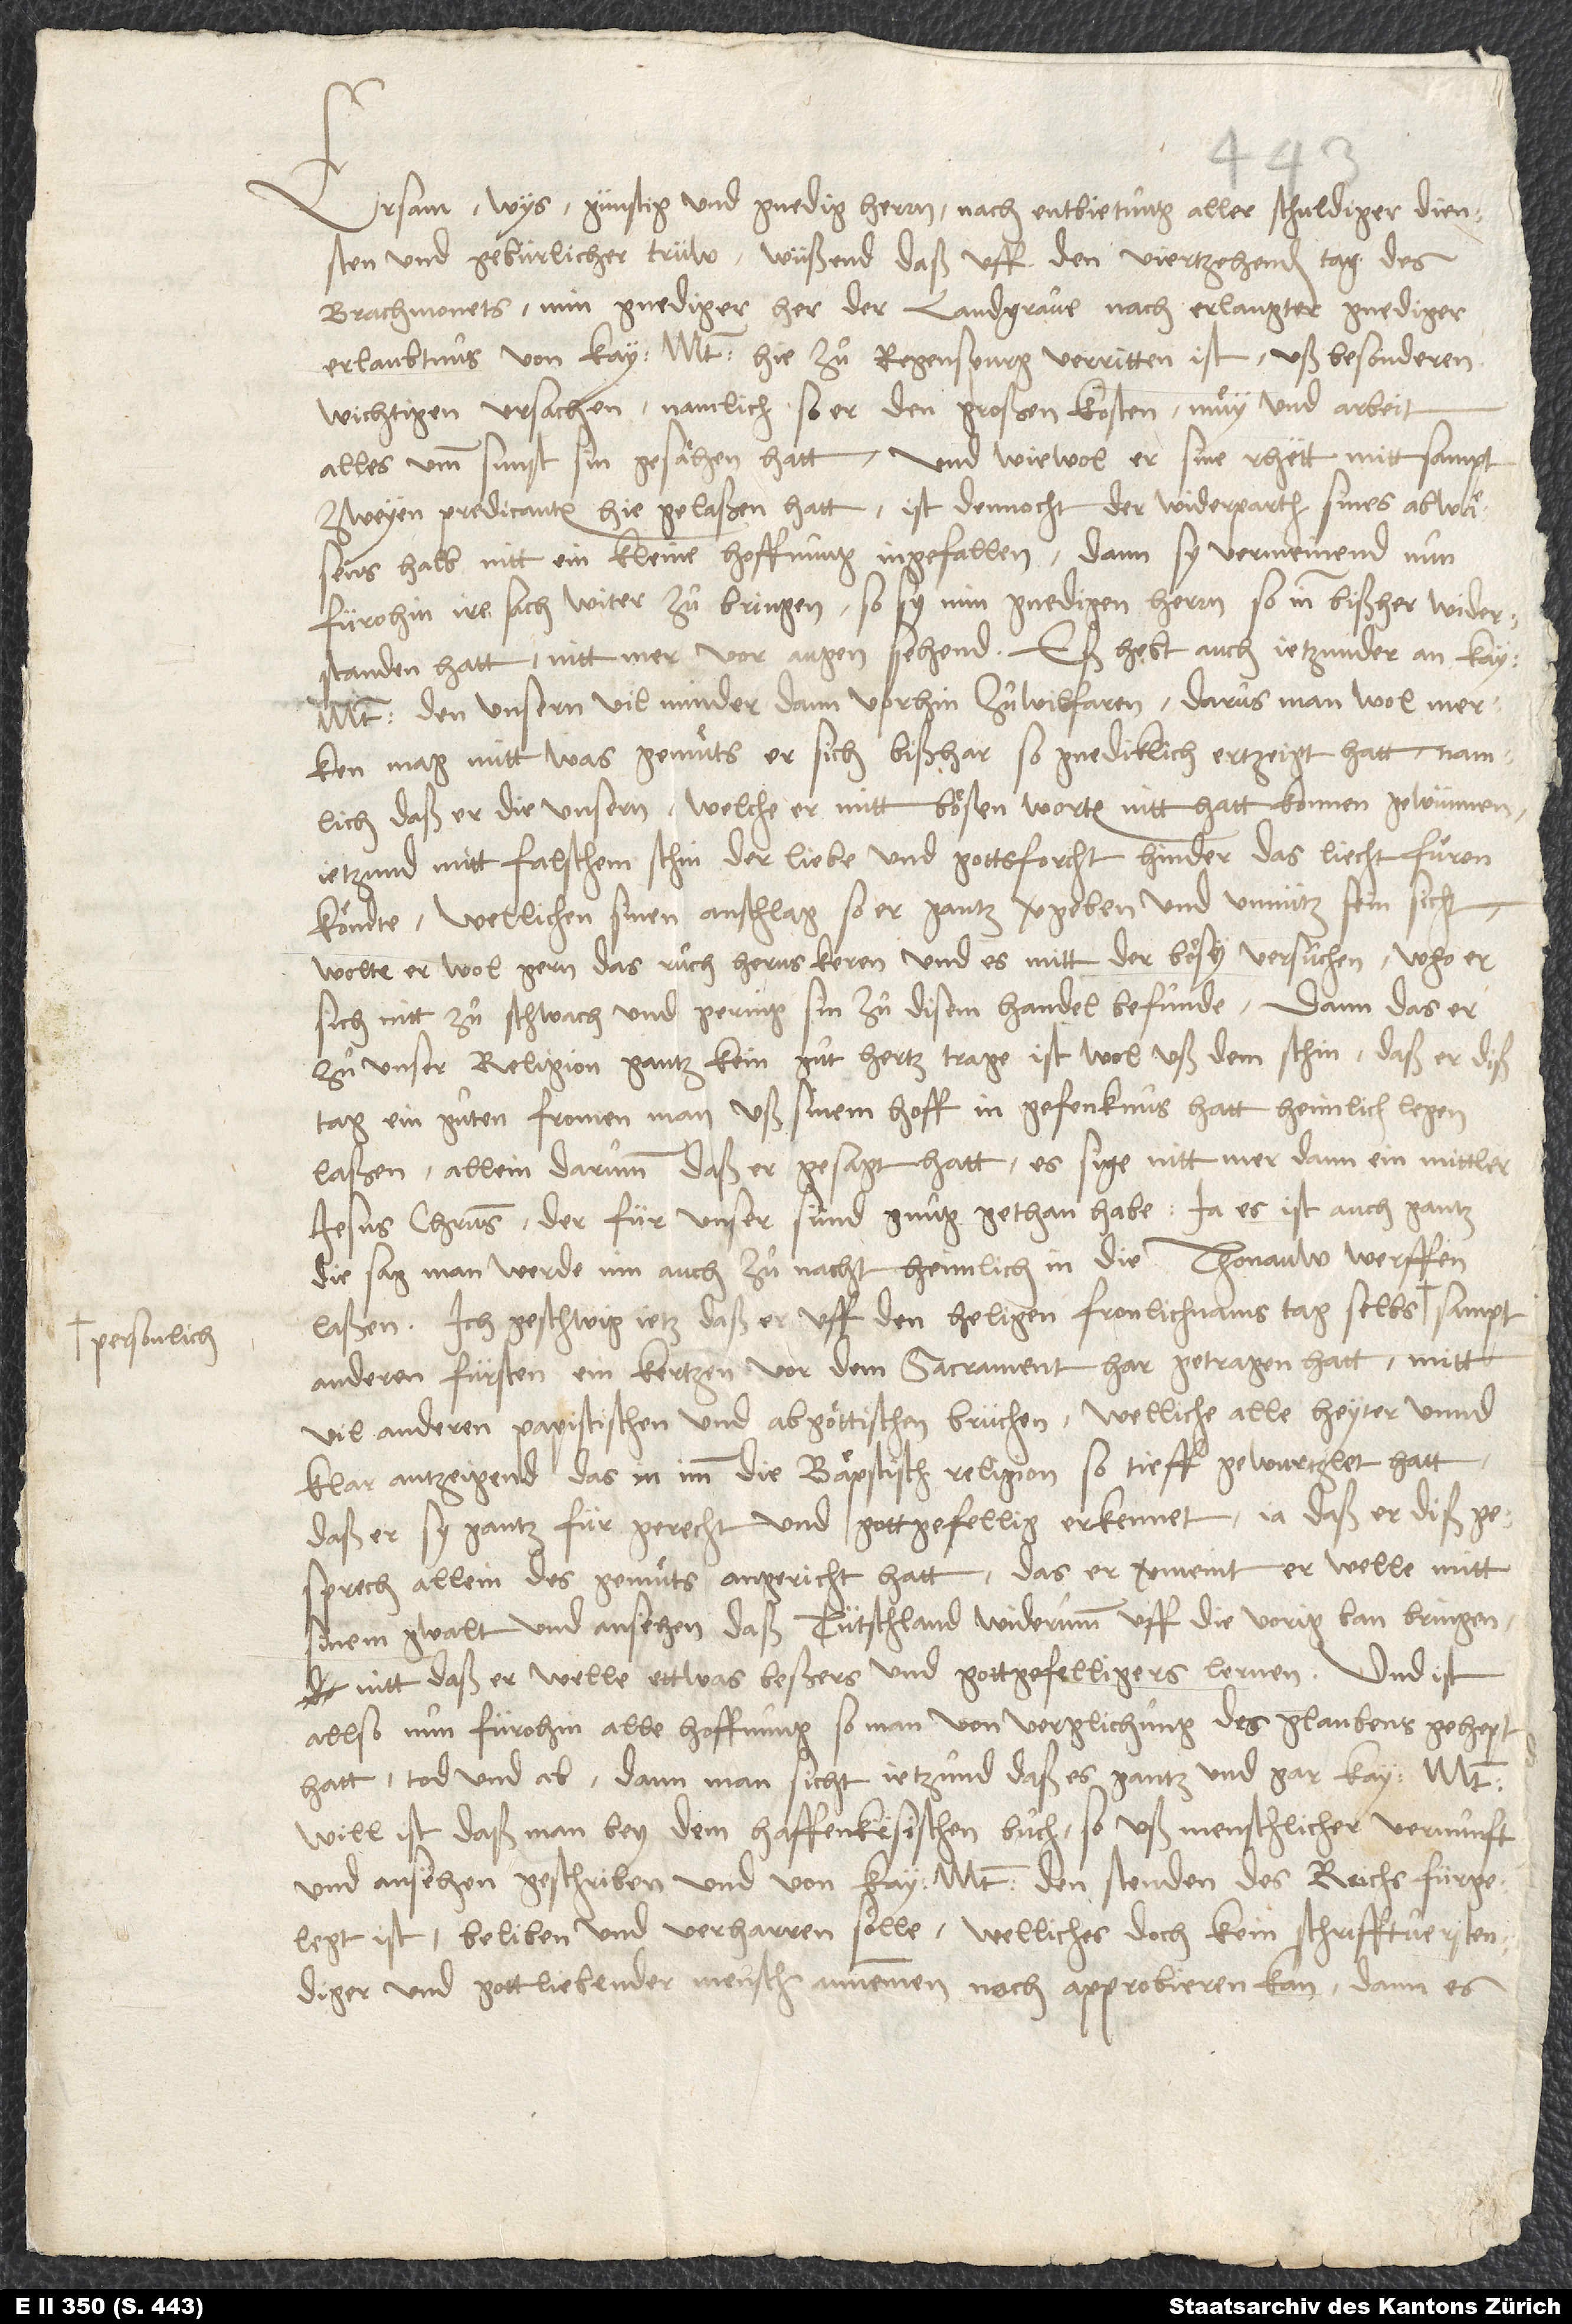
personlich

Ersam, wys, günstig und gnedig herrn, nach entbietung aller schuldigen diensten
und gebürlicher trüw, wüssend, daß uff den viertzehenden tag des
brachmonets min gnediger her, der landgrave, nach erlangter gnediger
erlaubtnus von kayt hie zuͦ Regenspurg verritten ist, uß besonderen,
wichtigen ursachen, namlich, so er den großen kosten, muͤy und arbeit
alles umb sunst sin gesähen hatt. Und wiewol er sine rhett mitt sampt
zweyen predicanten hie gelaßen hatt, ist dennocht der widerparth sines abwäsens
halb nitt ein kleine hoffnung ingefallen, dann sy vermeinend nun,
fürohin ire sach witer zuͦ bringen, so sy min gnedigen herrn, so inn bißher widerstanden
mt. den unsern vil minder dann vorhin zuͦwilfaren, darus man wol merken
mag, mitt was gemuͤts er sich bißhar so gnediklich ertzeigt hatt, namlich
daß er die unsern, welche er mitt bösen worten nitt hatt konnen gewünnen,
jetzund mitt falschem schin der liebe und gottsforcht hinder das liecht fuͤren
köndte, wellichen sinen anschlag so er gantz vergeben und unnütz sein sicht,
wolte er wol gern das ruch herus keren und es mitt der bösy versuchen, who er
sich nitt zuͦ schwach und gering sin zu disem handel befunde. Dann das er
zuͦ unser religion gantz kein guͦt hertz trage, ist wol uß dem schin, daß er diß
tag ein guͦten, fromen man uß sinem hoff in gefenknus hatt heimlich legen
laßen, allein darumb, daß er gesagt hatt, es sige nitt mer dann ein mittler,
Jesus Christus, der für unser sünd gnuͦg gethan habe. Ja es ist auch gantz
die sag, man werde inn auch zuͦ nacht heimlich in die Thonauw werffen
laßen. Ich geschwig jetz, daß er uff den heligen fronlichnams tag selbs
anderen fürsten ein kertzen vor dem sacrament har getragen hatt, mitt
vil anderen papistischen und abgöttischen brüchen, welliche alle heyter unnd
klar antzeigend, das in imm die bäpstisch religion so tieff gewurtzlet hatt,
daß er sy gantz für gerecht und gottgefellig erkennet, ja daß er diß
gesprech allein des gemuͤts angericht hatt, das er vermeint, er welle mitt
sinem gwalt und ansehen daß Tütschland widerumb uff die vorig ban bringen,
nitt daß er welle ettwas beßers und gottgefelligers lernen. Und ist
allso nun fürohin alle hoffnung, so man von verglichung des glaubens gehept
hatt, tod und ab, dann man sicht jetzund, daß es gantz und gar kay. mt.
will ist, daß man bey dem haffenkesischen buͦch, so uß menschlicher vernunft
und ansehen geschriben und von kay. mt. den stenden des reichs fürgelegt
ist, beliben und verharren sölle, welliches doch kein schrifftverstendiger
und gottliebender mensch annemmen noch approbieren kann, dann es